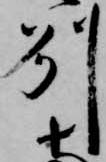
州